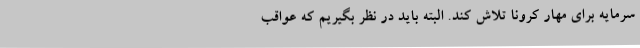
سرمایه برای مهار کرونا تلاش کند. البته باید در نظر بگیریم که عواقب